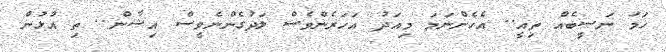
ހަމަ ނަސީބެއް ތިއީ.. އެހެންނަމަ މިއަދު އަހަރެންވެސް ލަދުގެންނެވީސް އިޝާން.. ތި އުޅުން